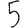
Digit: 5